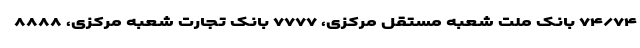
۷۴/۷۴ بانک ملت شعبه مستقل مرکزی، ۷۷۷۷ بانک تجارت شعبه مرکزی، ۸۸۸۸